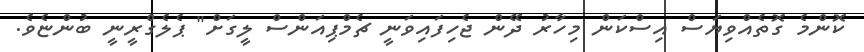
ކޮންމެ ގޮތެއްވިޔަސް އިސްކަން މިހާރު ދޭން ޖެހިފައިވަނީ ޗެމްޕިއަންސް ލީގަށް" ޕެލެގްރީނީ ބުންޏެވެ.